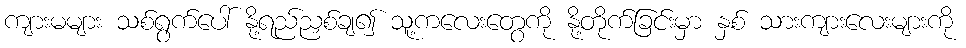
ကျားမများ သစ်ရွက်ပေါ် နို့ရည်ညှစ်ချ၍ သူ့ကလေးတွေကို နို့တိုက်ခြင်းမှာ နှစ် သားကျားလေးများကို